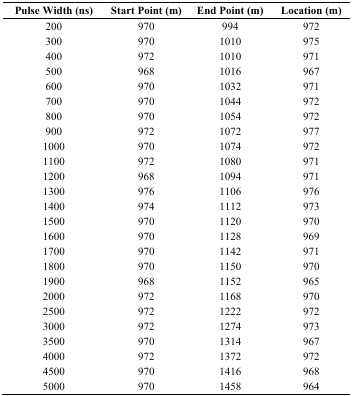
<table><thead><tr><td><b>Pulse Width (ns)</b></td><td><b>Start Point (m)</b></td><td><b>End Point (m)</b></td><td><b>Location (m)</b></td></tr></thead><tbody><tr><td>200</td><td>970</td><td>994</td><td>972</td></tr><tr><td>300</td><td>970</td><td>1010</td><td>975</td></tr><tr><td>400</td><td>972</td><td>1010</td><td>971</td></tr><tr><td>500</td><td>968</td><td>1016</td><td>967</td></tr><tr><td>600</td><td>970</td><td>1032</td><td>971</td></tr><tr><td>700</td><td>970</td><td>1044</td><td>972</td></tr><tr><td>800</td><td>970</td><td>1054</td><td>972</td></tr><tr><td>900</td><td>972</td><td>1072</td><td>977</td></tr><tr><td>1000</td><td>970</td><td>1074</td><td>972</td></tr><tr><td>1100</td><td>972</td><td>1080</td><td>971</td></tr><tr><td>1200</td><td>968</td><td>1094</td><td>971</td></tr><tr><td>1300</td><td>976</td><td>1106</td><td>976</td></tr><tr><td>1400</td><td>974</td><td>1112</td><td>973</td></tr><tr><td>1500</td><td>970</td><td>1120</td><td>970</td></tr><tr><td>1600</td><td>970</td><td>1128</td><td>969</td></tr><tr><td>1700</td><td>970</td><td>1142</td><td>971</td></tr><tr><td>1800</td><td>970</td><td>1150</td><td>970</td></tr><tr><td>1900</td><td>968</td><td>1152</td><td>965</td></tr><tr><td>2000</td><td>972</td><td>1168</td><td>970</td></tr><tr><td>2500</td><td>972</td><td>1222</td><td>972</td></tr><tr><td>3000</td><td>972</td><td>1274</td><td>973</td></tr><tr><td>3500</td><td>970</td><td>1314</td><td>967</td></tr><tr><td>4000</td><td>972</td><td>1372</td><td>972</td></tr><tr><td>4500</td><td>970</td><td>1416</td><td>968</td></tr><tr><td>5000</td><td>970</td><td>1458</td><td>964</td></tr></tbody></table>